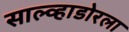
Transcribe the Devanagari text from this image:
साल्व्हाडोरला